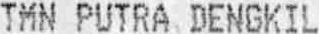
TMN PUTRA DENGKIL